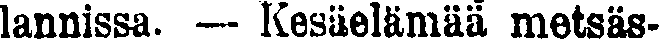
lannissa. — Kesäelämää metsäs-